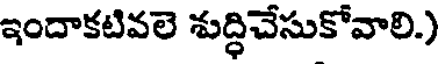
ఇందాకటివలె శుద్ధిచేసుకోవాలి.)